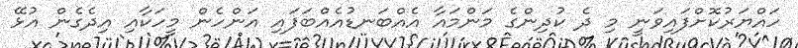
ހައްޔަރުކޮށްފައިވަނީ މި ދެ ކުދިންގެ މަންމައާ އެއްބަނޑުއެއްބަފައި އަންހެން މީހަކާއި އިދެގެން އުޅޭ